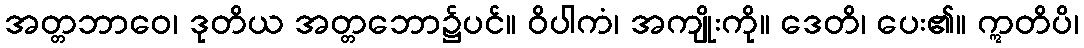
အတ္တဘာဝေ၊ ဒုတိယ အတ္တဘော၌ပင်။ ဝိပါကံ၊ အကျိုးကို။ ဒေတိ၊ ပေး၏။ ဣတိပိ၊